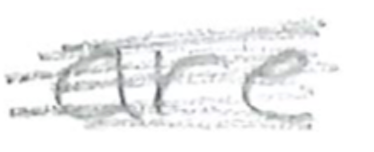
Text: are
Cross-out: scratch
Writing tool: pencil